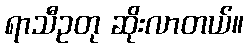
ရာသီဥတု ဆိုးလာတယ်။